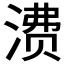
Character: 𬈕